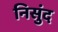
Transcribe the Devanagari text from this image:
निसुंद